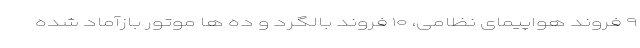
۹ فروند هواپیمای نظامی، ۱۰ فروند بالگرد و ده ها موتور بازآماد شده